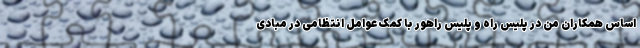
اساس همکاران من در پلیس راه و پلیس راهور با کمک عوامل انتظامی در مبادی